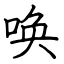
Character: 唤